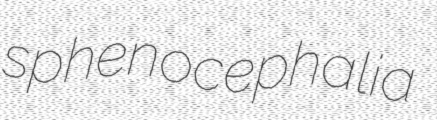
sphenocephalia